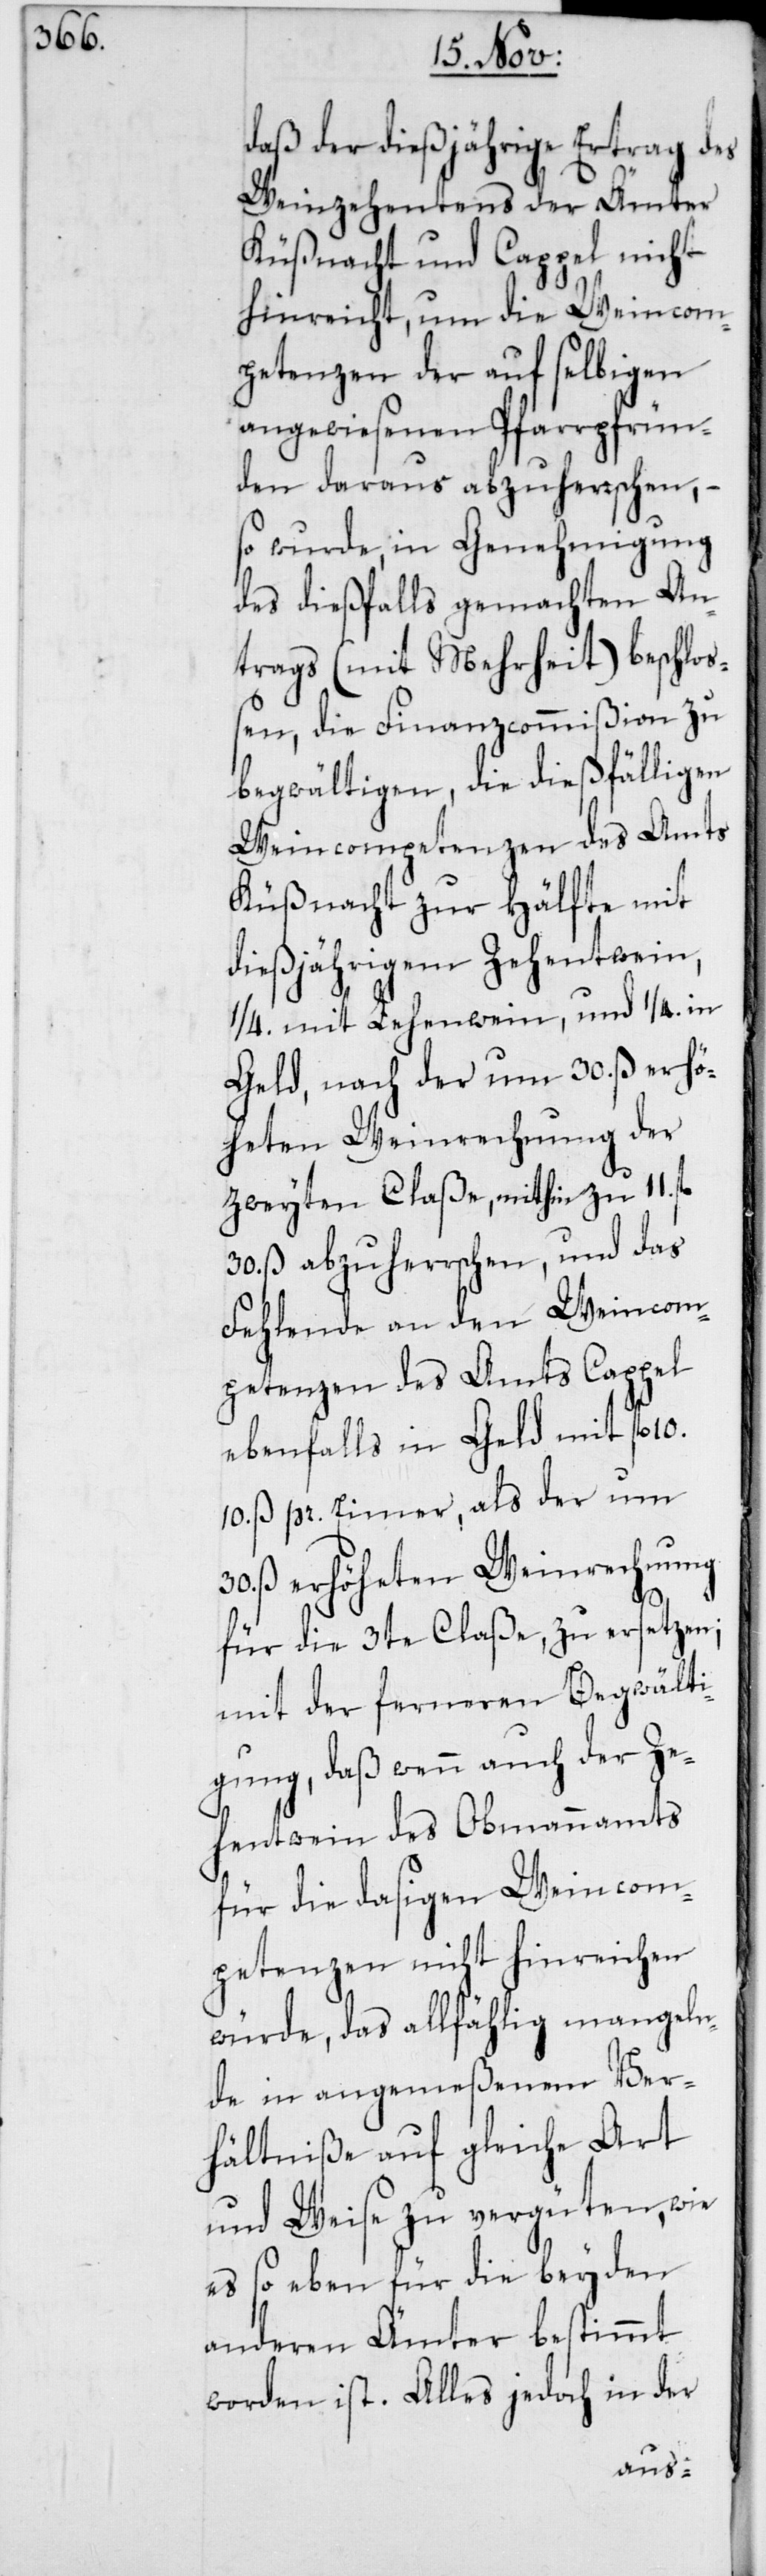
daß der dießjährige Ertrag des
Weinzehentens der Ämter
Küßnacht und Cappel nicht
hinreicht, um die Weincom¬
petenzen der auf selbigen
angewiesenen Pfarrpfrün¬
den daraus abzuherrschen, –
so wurde, in Genehmigung
des dießfalls gemachten An¬
trags (mit Mehrheit) beschloß¬
en, die Finanzcommißion zu
begwältigen, die dießfälligen
Weincompetenzen des Amts
Küßnacht zur Hälfte mit
dießjährigem Zehentwein,
¼. mit Lehenwein und ¼. in
Geld, nach der um 30. ß erhö¬
heten Weinrechnung der
zweyten Claße, mithin zu 11.
30. ß abzuherrschen, und das
Fehlende an den Weincom¬
petenzen des Amts Cappel
ebenfalls in Geld mit fl.
10. ß pr. Eimer, als der um
ß erhöheten Weinrechnung
für die 3te Claße, zu ersetzen;
mit der ferneren Begwälti¬
gung, daß wenn auch der Ze¬
hentwein des Obmannamts
für die dasigen Weincom¬
petenzen nicht hinreichen
würde, das allfählig mangeln¬
de in angemeßenem Ver¬
hältniße auf gleiche Art
und Weise zu vergüten, wie
es so eben für die beyden
anderen Ämter bestimmt
worden ist. Alles jedoch in der